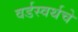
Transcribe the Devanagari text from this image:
वर्डस्वर्थचे